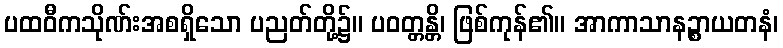
ပထဝီကသိုဏ်းအစရှိသော ပညတ်တို့၌။ ပဝတ္တန္တိ၊ ဖြစ်ကုန်၏။ အာကာသာနဉ္စာယတနံ၊